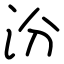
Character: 汾